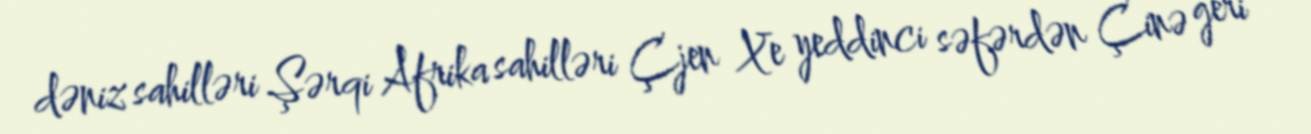
dəniz sahilləri Şərqi Afrika sahilləri Çjen Xe yeddinci səfərdən Çinə geri